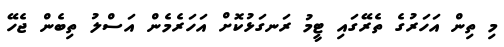
މި ތިން އަހަރުގެ ތެރޭގައި ޓީމު ރަނގަޅުކޮށް އަހަރެމެން އަސްލު ތިބެން ޖެހޭ